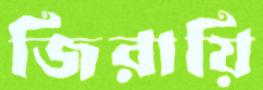
জিরায়ি